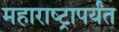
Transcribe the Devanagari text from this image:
महाराष्ट्रापर्यंत